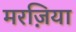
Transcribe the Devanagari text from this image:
मरज़िया